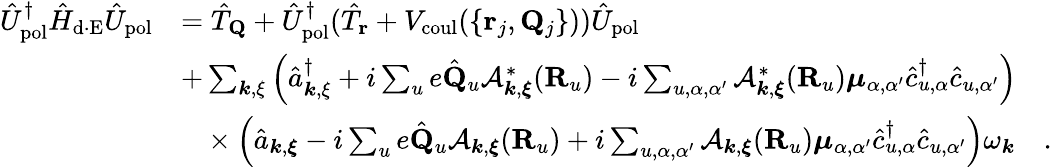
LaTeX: \begin{array}{rl}{\hat{U}_{\mathrm{pol}}^{\dagger}\hat{H}_{\mathrm{d\cdot E}}\hat{U}_{\mathrm{pol}}}&{=\hat{T}_{\mathbf Q}+\hat{U}_{\mathrm{pol}}^{\dagger}(\hat{T}_{\mathbf r}+V_{\mathrm{coul}}(\{ {{\mathbf r}_{j},{\mathbf Q}_{j}}\} ))\hat{U}_{\mathrm{pol}}}\\ &{+\sum_{{\boldsymbol k},{\mathbf\xi}}\Big(\hat{a}_{{\boldsymbol k},{\mathbf\xi}}^{\dagger}+i\sum_{u}e\hat{\mathbf Q}_{u}\mathcal{A}_{{\boldsymbol k},{\boldsymbol\xi}}^{*}({\mathbf R}_{u})-i\sum_{u,\alpha,\alpha^{\prime}}\mathcal{A}_{{\boldsymbol k},{\boldsymbol\xi}}^{*}({\mathbf R}_{u}){\boldsymbol\mu}_{\alpha,\alpha^{\prime}}\hat{c}_{u,\alpha}^{\dagger}\hat{c}_{u,\alpha^{\prime}}\Big)}\\ &{~~~\times\Big(\hat{a}_{{\boldsymbol k},{\boldsymbol{\xi}}}-i\sum_{u}e\hat{\mathbf Q}_{u}\mathcal{A}_{{\boldsymbol k},{\boldsymbol\xi}}({\mathbf R}_{u})+i\sum_{u,\alpha,\alpha^{\prime}}\mathcal{A}_{{\boldsymbol k},{\boldsymbol\xi}}({\mathbf R}_{u}){\boldsymbol\mu}_{\alpha,\alpha^{\prime}}\hat{c}_{u,\alpha}^{\dagger}\hat{c}_{u,\alpha^{\prime}}\Big)\omega_{\boldsymbol k}~~~~.}\end{array}